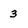
Character: 3